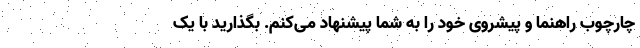
چارچوب راهنما و پیشروی خود را به شما پیشنهاد می‌کنم. بگذارید با یک